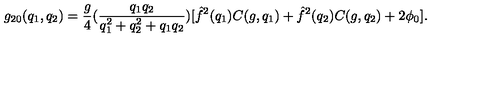
g _ { 2 0 } ( q _ { 1 } , q _ { 2 } ) = { \frac { g } { 4 } } ( { \frac { q _ { 1 } q _ { 2 } } { q _ { 1 } ^ { 2 } + q _ { 2 } ^ { 2 } + q _ { 1 } q _ { 2 } } } ) [ \hat { f } ^ { 2 } ( q _ { 1 } ) C ( g , q _ { 1 } ) + \hat { f } ^ { 2 } ( q _ { 2 } ) C ( g , q _ { 2 } ) + 2 \phi _ { 0 } ] .